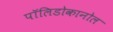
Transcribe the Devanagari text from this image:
पॉलिडोकानोल